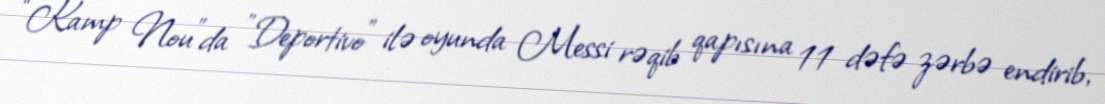
“Kamp Nou”da "Deportivo" ilə oyunda Messi rəqib qapısına 11 dəfə zərbə endirib,